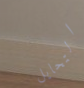
التحايل